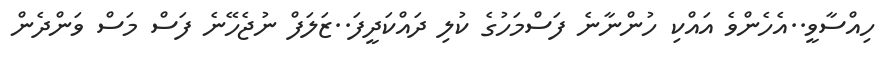
ހިއްސާވީ..އެހެންވެ އައްކި ހުންނާނެ ފަސްމަހުގެ ކުލި ދައްކަދީފަ..ޒަލަފް ނުޖެހޭނެ ފަސް މަސް ވަންދެން